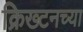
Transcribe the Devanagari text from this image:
क्रिख्टनच्या